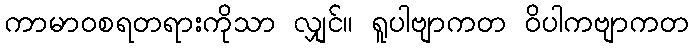
ကာမာဝစရတရားကိုသာ လျှင်။ ရူပါဗျာကတ ဝိပါကဗျာကတ